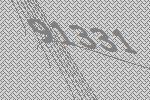
91331